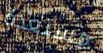
مستعدة